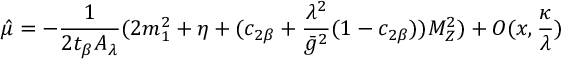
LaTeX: \hat { \mu } = - \frac { 1 } { 2 t _ { \beta } A _ { \lambda } } ( 2 m _ { 1 } ^ { 2 } + \eta + ( c _ { 2 \beta } + \frac { \lambda ^ { 2 } } { \bar { g } ^ { 2 } } ( 1 - c _ { 2 \beta } ) ) M _ { Z } ^ { 2 } ) + O ( x , \frac { \kappa } { \lambda } )